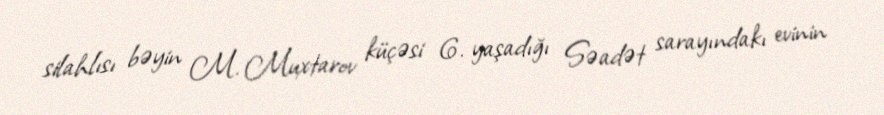
silahlısı bəyin M. Muxtarov küçəsi 6. yaşadığı Səadət sarayındakı evinin